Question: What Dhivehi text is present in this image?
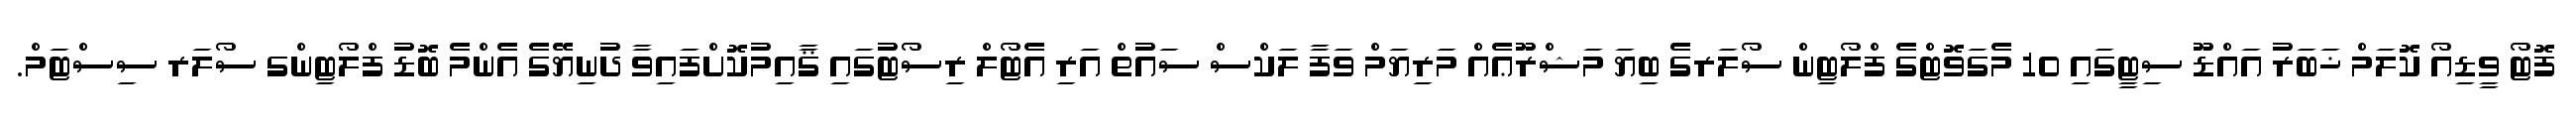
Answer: ފޮޓޯ ވީޑިއޯ ކޮލަމް ޚަބަރު އައްޑޫ ސިޓީގައި 10 މެގަވޮޓްގެ ފްލޯޓިން ސޯލަރގެ ބިޔަ މަޝްރޫޢެއް މަރިޔަމް ވަފާ ލަކްސް ސައުތް އަރި އެޓޯލް ރިސޯޓުގައި ޤާއިމުކޮށްފައިވާ ދުނިޔޭގެ އެންމެ ބޮޑު ފްލޯޓިންގ ސޯލަރ ސިސްޓަމް.